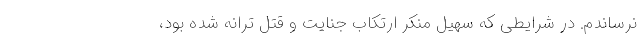
نرساندم. در شرایطی که سهیل منکر ارتکاب جنایت و قتل ترانه شده بود،